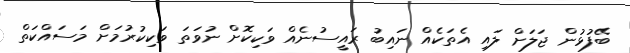
ބޭފުޅުން ޖަލަށް ލައި އެތަކެއް ނައިބު ރައީސުނެއް ވަކިކޮށް ނުވަތަ ވަކިކުރުމަށް މަސައްކަތް